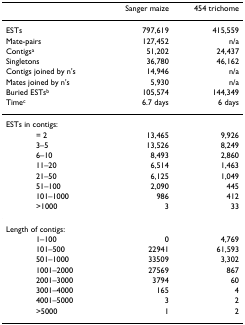
<table><thead><tr><td>[EMPTY_CELL]</td><td><b>Sanger maize</b></td><td><b>454 trichome</b></td></tr></thead><tbody><tr><td>ESTs</td><td>797,619</td><td>415,559</td></tr><tr><td>Mate-pairs</td><td>127,452</td><td>n/a</td></tr><tr><td>Contigs<sup>a</sup></td><td>51,202</td><td>24,437</td></tr><tr><td>Singletons</td><td>36,780</td><td>46,162</td></tr><tr><td>Contigs joined by n's</td><td>14,946</td><td>n/a</td></tr><tr><td>Mates joined by n's</td><td>5,930</td><td>n/a</td></tr><tr><td>Buried ESTs<sup>b</sup></td><td>105,574</td><td>144,349</td></tr><tr><td>Time<sup>c</sup></td><td>6.7 days</td><td>6 days</td></tr><tr><td>ESTs in contigs:</td><td>[EMPTY_CELL]</td><td>[EMPTY_CELL]</td></tr><tr><td>= 2</td><td>13,465</td><td>9,926</td></tr><tr><td>3–5</td><td>13,526</td><td>8,249</td></tr><tr><td>6–10</td><td>8,493</td><td>2,860</td></tr><tr><td>11–20</td><td>6,514</td><td>1,463</td></tr><tr><td>21–50</td><td>6,125</td><td>1,049</td></tr><tr><td>51–100</td><td>2,090</td><td>445</td></tr><tr><td>101–1000</td><td>986</td><td>412</td></tr><tr><td>&gt;1000</td><td>3</td><td>33</td></tr><tr><td>Length of contigs:</td><td>[EMPTY_CELL]</td><td>[EMPTY_CELL]</td></tr><tr><td>1–100</td><td>0</td><td>4,769</td></tr><tr><td>101–500</td><td>22941</td><td>61,593</td></tr><tr><td>501–1000</td><td>33509</td><td>3,302</td></tr><tr><td>1001–2000</td><td>27569</td><td>867</td></tr><tr><td>2001–3000</td><td>3794</td><td>60</td></tr><tr><td>3001–4000</td><td>165</td><td>4</td></tr><tr><td>4001–5000</td><td>3</td><td>2</td></tr><tr><td>&gt;5000</td><td>1</td><td>2</td></tr></tbody></table>